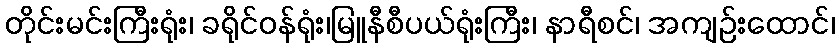
တိုင်းမင်းကြီးရုံး၊ ခရိုင်ဝန်ရုံး၊မြူနီစီပယ်ရုံးကြီး၊ နာရီစင်၊ အကျဉ်းထောင်၊